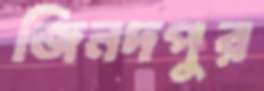
জিনদপুর